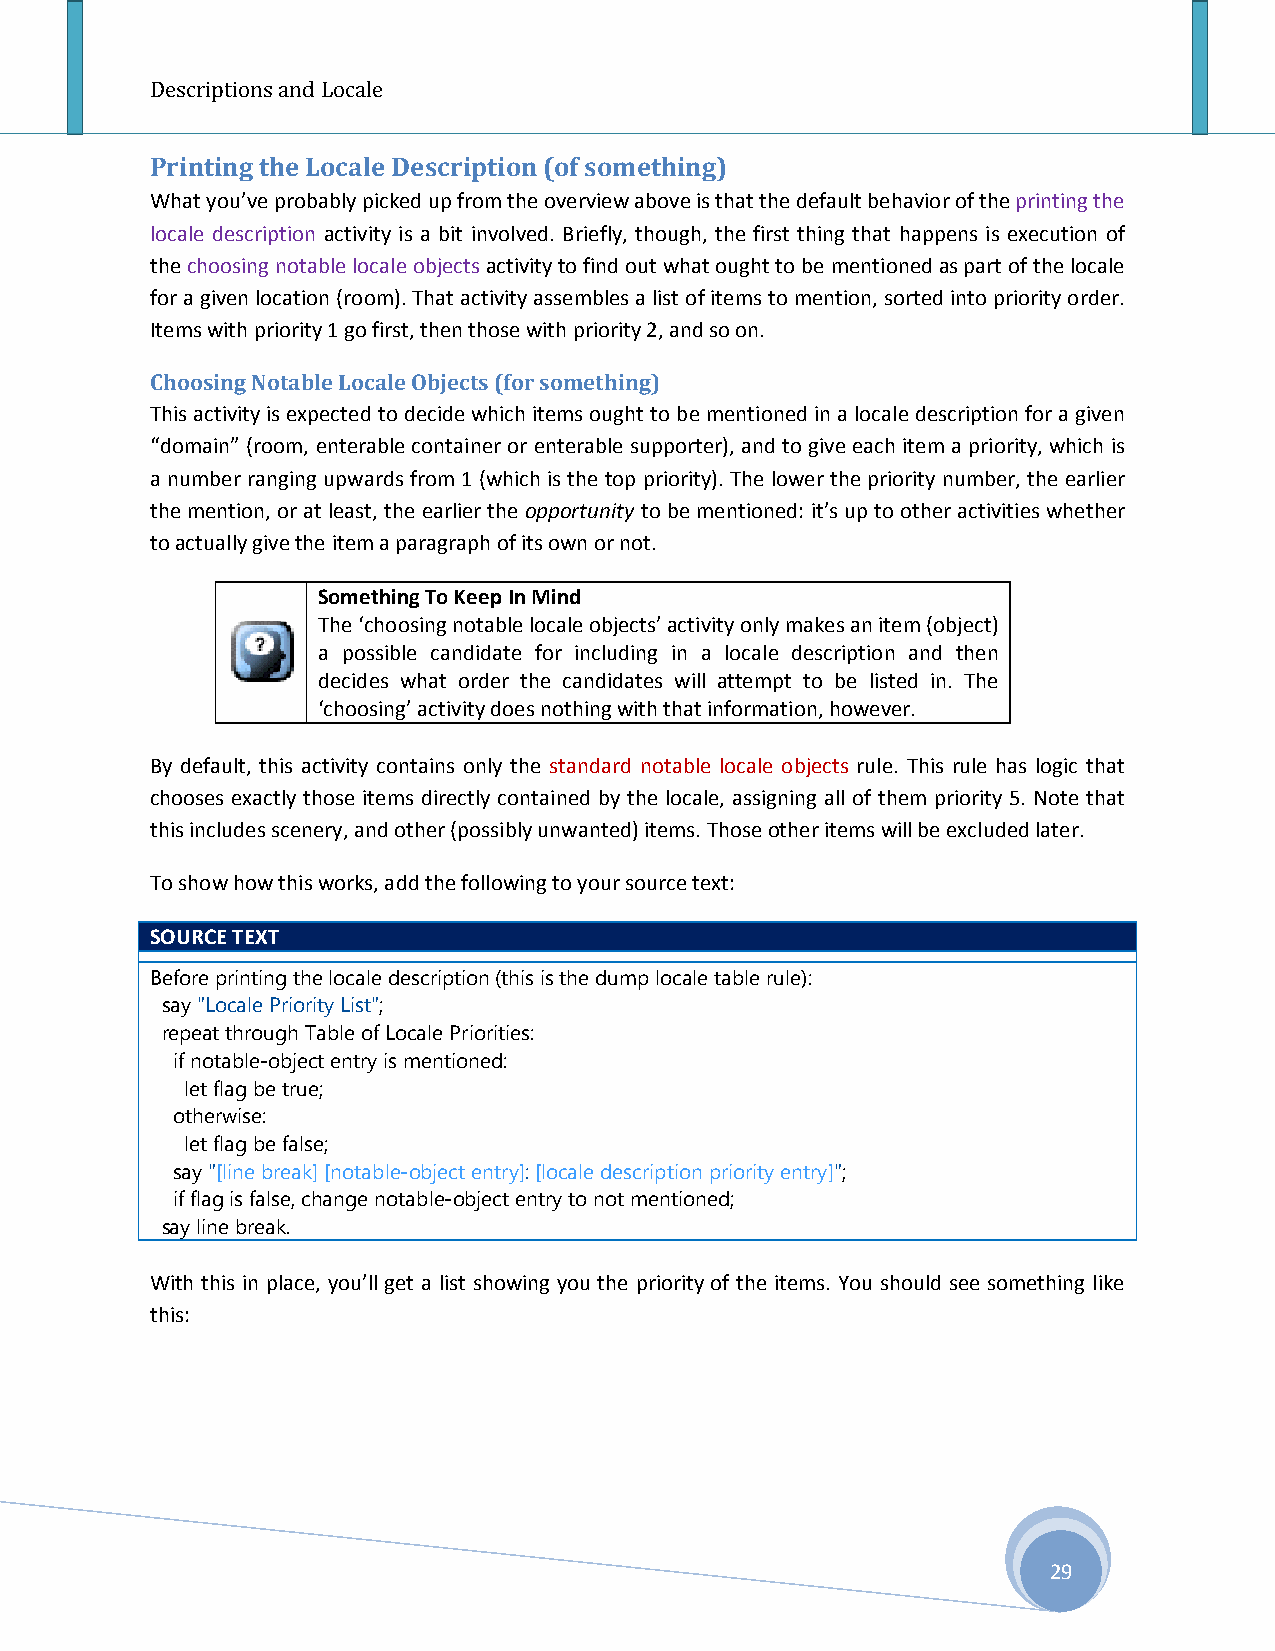
Descriptions and Locale
 Printing the Locale Description (of something)
 What you’ve probably picked up from the overview above is that the default behavior of the printing the
 locale description activity is a bit involved. Briefly, though, the first thing that happens is execution of
 the choosing notable locale objects activity to find out what ought to be mentioned as part of the locale
 for a given location (room). That activity assembles a list of items to mention, sorted into priority order.
 Items with priority 1 go first, then those with priority 2, and so on.
 Choosing Notable Locale Objects (for something)
 This activity is expected to decide which items ought to be mentioned in a locale description for a given
 “domain” (room, enterable container or enterable supporter), and to give each item a priority, which is
 a number ranging upwards from 1 (which is the top priority). The lower the priority number, the earlier
 the mention, or at least, the earlier the opportunity to be mentioned: it’s up to other activities whether
 to actually give the item a paragraph of its own or not.
 Something To Keep In Mind
 The ‘choosing notable locale objects’ activity only makes an item (object)
 a possible candidate for including in a locale description and then
 decides what order the candidates will attempt to be listed in. The
 ‘choosing’ activity does nothing with that information, however.
 By default, this activity contains only the standard notable locale objects rule. This rule has logic that
 chooses exactly those items directly contained by the locale, assigning all of them priority 5. Note that
 this includes scenery, and other (possibly unwanted) items. Those other items will be excluded later.
 To show how this works, add the following to your source text:
 SOURCE TEXT
 Before printing the locale description (this is the dump locale table rule):
 say "Locale Priority List";
 repeat through Table of Locale Priorities:
 if notable-object entry is mentioned:
 let flag be true;
 otherwise:
 let flag be false;
 say "[line break] [notable-object entry]: [locale description priority entry]";
 if flag is false, change notable-object entry to not mentioned;
 say line break.
 With this in place, you’ll get a list showing you the priority of the items. You should see something like
 this:
 29